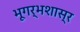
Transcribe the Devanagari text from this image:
भूगर्भशास्र